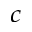
^ c